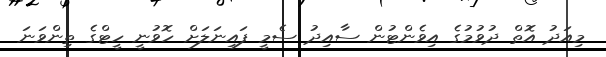
މިއަދު އޮތް ދުވުމުގެ އިވެންޓުން ސާއިދު ސެމީ ފައިނަލަށް ހޮވުނީ ހީޓްގެ ތިންވަނަ